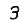
Digit: 3